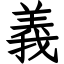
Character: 義